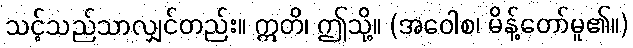
သင့်သည်သာလျှင်တည်း။ ဣတိ၊ ဤသို့။ (အဝေါစ၊ မိန့်တော်မူ၏။)